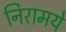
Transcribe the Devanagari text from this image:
निरामये